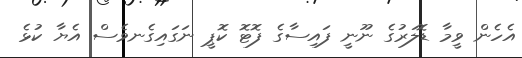
އެހެން ވީމާ ޑޮލަރުގެ ނޫނީ ފައިސާގެ ފޮޓޮ ކޮޕީ ނަގައިގެނވެސް އެޔާ ކުޅެ